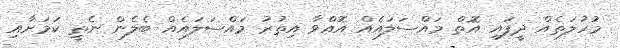
މުހުލަތެއް ދީފައި އޮތް މަައްސަލައެއް އޮއްވާ އިތުރު މައްސަލައެއް ބެލެން ނެތީ ކަމަށާއި